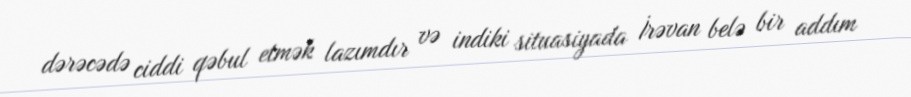
dərəcədə ciddi qəbul etmək lazımdır və indiki situasiyada İrəvan belə bir addım